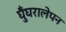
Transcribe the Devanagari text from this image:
घुँघरालेपन